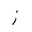
Letter: _zay